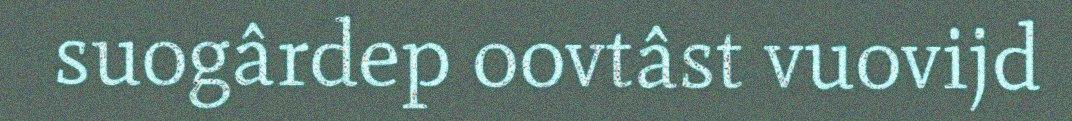
suogârdep oovtâst vuovijd